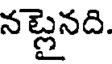
నబ్లైనది.